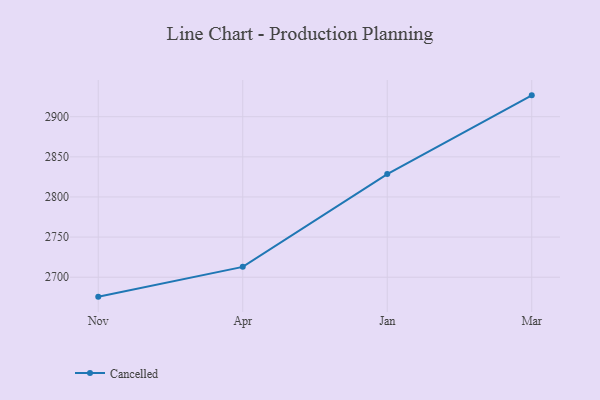
{"axis": {"x": "Month", "y": "Latency (ms)"}, "legend": ["Cancelled"], "data": [{"x": "Nov", "y": 2675.8, "type": "Cancelled"}, {"x": "Apr", "y": 2712.9, "type": "Cancelled"}, {"x": "Jan", "y": 2828.5, "type": "Cancelled"}, {"x": "Mar", "y": 2926.6, "type": "Cancelled"}]}